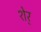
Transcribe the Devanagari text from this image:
शेर्